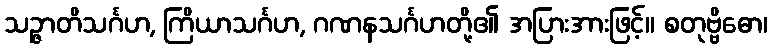
သဉ္ဇာတိသင်္ဂဟ, ကြိယာသင်္ဂဟ, ဂဏနသင်္ဂဟတို့၏ အပြားအားဖြင့်။ စတုဗ္ဗိဓော၊